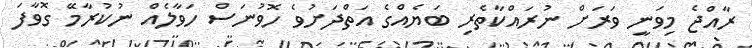
ރާއްޖެ މިވަނީ ވަރަށް ނުރައްކާތެރި ބަޔެއްގެ އަތްދަށުވެ ހޮވުނަސް ހަވާލެއް ނުކުރާމަޭ ގޮވާފަ